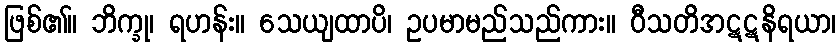
ဖြစ်၏။ ဘိက္ခု၊ ရဟန်း။ သေယျထာပိ၊ ဥပမာမည်သည်ကား။ ဝီသတိအဋဋနိရယာ၊